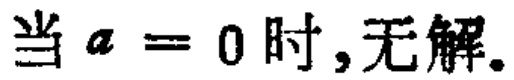
当 \(a = 0\) 时,无解.